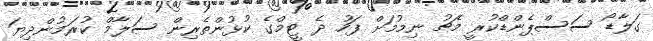
ގަލާޑޯ ސަސްޕެންޑްކުރީ މެޗު ނިމުމަށް ފަހު ދެ ޓީމްގެ ކުޅުންތެރިން ސަލާމް ކުރަމުންދިޔަ